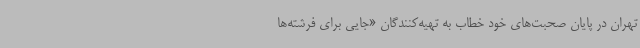
تهران در پایان صحبت‌های خود خطاب به تهیه‌کنندگان «جایی برای فرشته‌ها